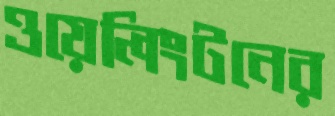
ওয়েলিংটনের